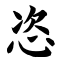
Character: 恣